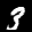
Label: 3